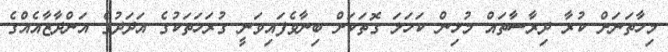
މިހާތަނަށް ކުރާ ދިރާސާތައް މުޅިން ކަހަލަ ގޮތަކަށް ބިނާވެފައިވަނީ ގުރަހަތަކުގެ އަދަދުގެ އަންދާޒާއެއްގެ